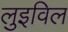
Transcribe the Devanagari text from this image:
लुइविल